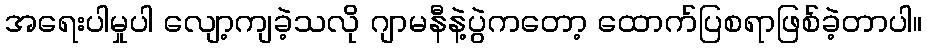
အရေးပါမှုပါ လျော့ကျခဲ့သလို ဂျာမနီနဲ့ပွဲကတော့ ထောက်ပြစရာဖြစ်ခဲ့တာပါ။